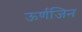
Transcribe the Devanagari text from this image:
ऊर्णजिन